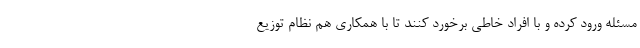
مسئله ورود کرده و با افراد خاطی برخورد کنند تا با همکاری هم نظام توزیع